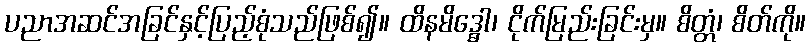
ပညာအဆင်အခြင်နှင့်ပြည့်စုံသည်ဖြစ်၍။ ထိနမိဒ္ဓေါ၊ ငိုက်မြည်းခြင်းမှ။ စိတ္တံ၊ စိတ်ကို။